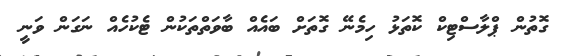
ގޮތުން ޕްލާސްޓިކް ކޮތަޅު ހިމެނޭ ގޮތަށް ބައެއް ބާވަތްތަކުން ޓެކުހެއް ނަގަން ވަނީ